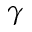
\gamma